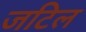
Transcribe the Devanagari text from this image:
जटिल